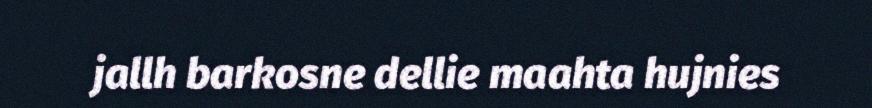
jallh barkosne dellie maahta hujnies